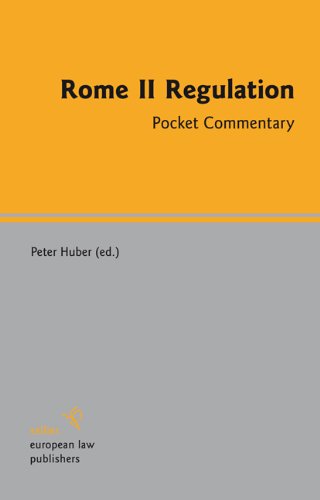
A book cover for Rome II Regulation: Pocket Commentary (Pocket Commentaries on European Regulations and International Conventions); Law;